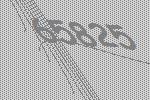
65825